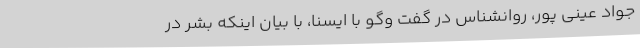
جواد عینی پور، روانشناس در گفت وگو با ایسنا، با بیان اینکه بشر در